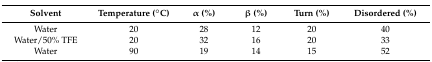
<table><thead><tr><td><b>Solvent</b></td><td><b>Temperature (°C)</b></td><td><b>α (%)</b></td><td><b>β (%)</b></td><td><b>Turn (%)</b></td><td><b>Disordered (%)</b></td></tr></thead><tbody><tr><td>Water</td><td>20</td><td>28</td><td>12</td><td>20</td><td>40</td></tr><tr><td>Water/50% TFE</td><td>20</td><td>32</td><td>16</td><td>20</td><td>33</td></tr><tr><td>Water</td><td>90</td><td>19</td><td>14</td><td>15</td><td>52</td></tr></tbody></table>